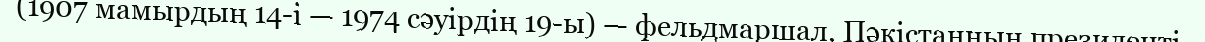
(1907 мамырдың 14-і — 1974 сәуірдің 19-ы) — фельдмаршал, Пәкістанның президенті.